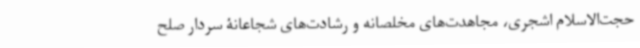
حجت‌الاسلام اشجری، مجاهدت‌های مخلصانه و رشادت‌های شجاعانۀ سردار صلح